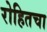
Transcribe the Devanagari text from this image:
रोहितचा